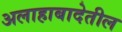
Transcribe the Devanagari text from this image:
अलाहाबादेतील